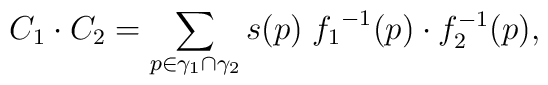
C_1 \cdot C_2 = \sum_{p \in \gamma_1 \cap \gamma_2}s(p) \; {f_1}^{-1}(p) \cdot f_2^{-1}(p),